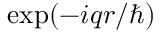
\exp ( - i q r / \hbar )